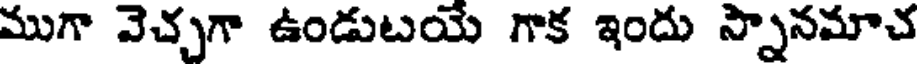
ముగా వెచ్చగా ఉండుటయే గాక ఇందు స్నానమాచ